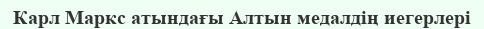
Карл Маркс атындағы Алтын медалдің иегерлері